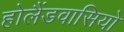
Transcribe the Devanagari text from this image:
होलैंडवासियो